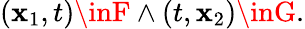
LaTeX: (\mathbf{x}_{1},t)\inF\land(t,\mathbf{x}_{2})\inG.